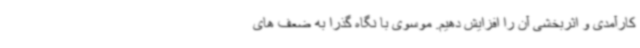
کارآمدی و اثربخشی آن را افزایش دهیم. موسوی با نگاه گذرا به ضعف های